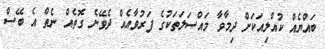
ބައްޔެއް ކުއްލިއަކަށް ދިމާވާ މައްސަލަތަކުގެ ފަރުވާއެއް ދެވޭނެ ގޮތެއް ނެތް އެ ބޭސް